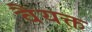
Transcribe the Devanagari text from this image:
वैयक्त